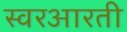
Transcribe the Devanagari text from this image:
स्वरआरती